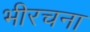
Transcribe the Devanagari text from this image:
भीरचना